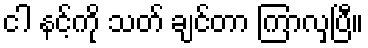
ငါ နင့်ကို သတ် ချင်တာ ကြာလှပြီ။